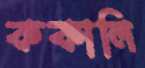
ককালি